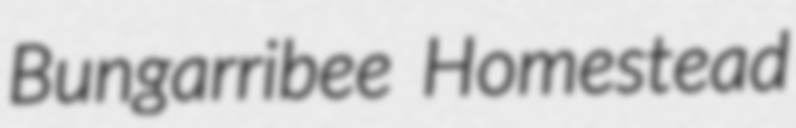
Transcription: Bungarribee Homestead